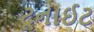
ટૂનાઈટ